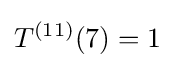
T^{(11)}(7)=1